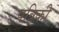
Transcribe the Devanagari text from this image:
पत्रिकी